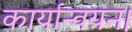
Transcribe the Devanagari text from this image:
कार्यान्‍वयन।